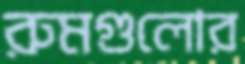
রুমগুলোর